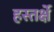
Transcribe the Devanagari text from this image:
हस्तर्क्षे